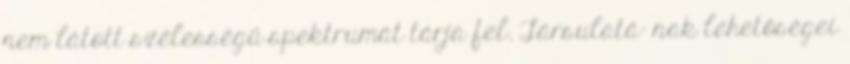
nem látott szélességű spektrumát tárja fel. Társulatá- nak lehetőségei